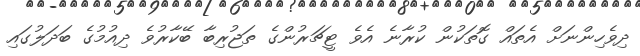
ދިވެހިންނަށް އެތައް ގޮތަކުން ކުރާނެ އެވެ ޓީޗަރުންގެ ތަޖުރިބާ ބޭކާރުވެ ދިއުމުގެ ބަދަލުގައި